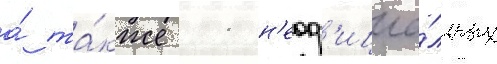
а́ та́кже 11 н'еоф'ициа́льных